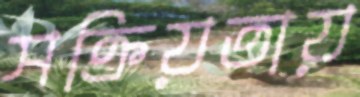
সক্রিয়তায়